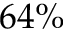
6 4 \%